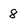
Character: 8